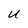
Character: U